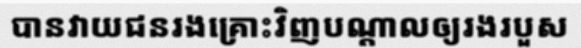
បានវាយជនរងគ្រោះវិញបណ្តាលឲ្យរងរបួស